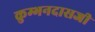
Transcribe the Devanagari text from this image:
कुम्भनदासजी